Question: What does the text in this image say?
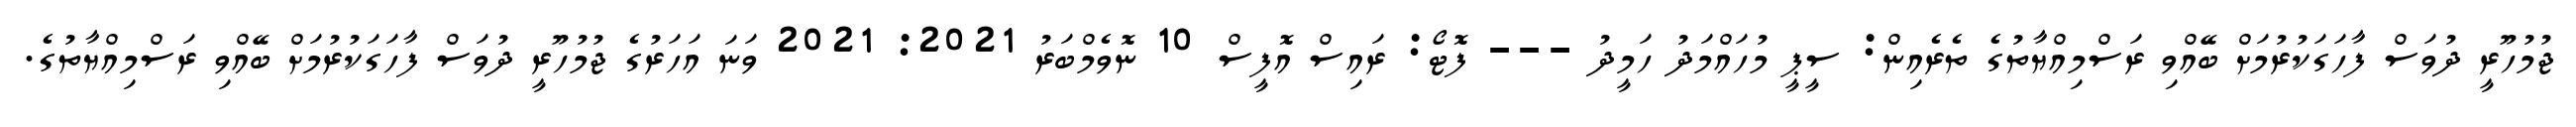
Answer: ޖުމުހޫރީ ދުވަސް ފާހަގަކުރުމަށް ބޭއްވި ރަސްމިއްޔާތުގެ ތެރެއިން: ސީޕީ މުހައްމަދު ހަމީދު --- ފޮޓޯ: ރައިސް އޮފީސް 10 ނޮވެމްބަރު 2021: 2021 ވަނަ އަހަރުގެ ޖުމުހޫރީ ދުވަސް ފާހަގަކުރުމަށް ބޭއްވި ރަސްމިއްޔާތުގެ.